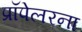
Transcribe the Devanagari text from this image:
प्रॉपेलरना